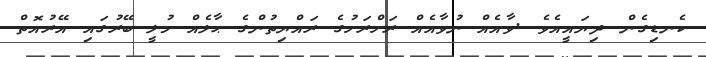
ކެނޑިގެން ދިޔައީއެވެ .ވާއެއް ނުވާއެއް ރަށްރަށުގެ ރައްޔިތުންގެ ޙާލެއް މުލީ ބޭރުގައި އޭރުއޮތް